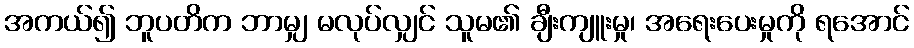
အကယ်၍ ဘူပတိက ဘာမျှ မလုပ်လျှင် သူမ၏ ချီးကျူးမှု၊ အရေးပေးမှုကို ရအောင်